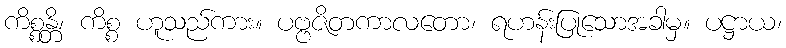
ကိစ္စန္တိ၊ ကိစ္စ ဟူသည်ကား။ ပဗ္ဗဇိတကာလတော၊ ရဟန်းပြုသောအခါမှ။ ပဋ္ဌာယ၊